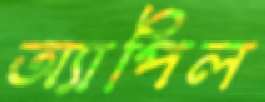
অ্যাপিল